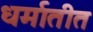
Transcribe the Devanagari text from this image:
धर्मातीत